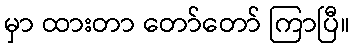
မှာ ထားတာ တော်တော် ကြာပြီ။